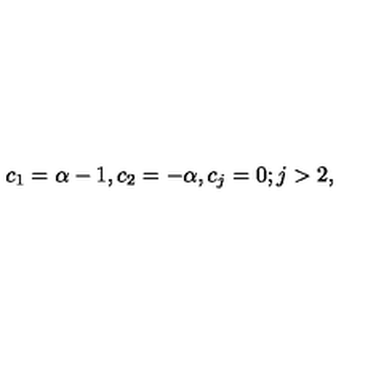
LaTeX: c _ { 1 } = \alpha - 1 , c _ { 2 } = - \alpha , c _ { j } = 0 ; j > 2 ,